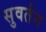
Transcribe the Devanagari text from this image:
सुवर्तन